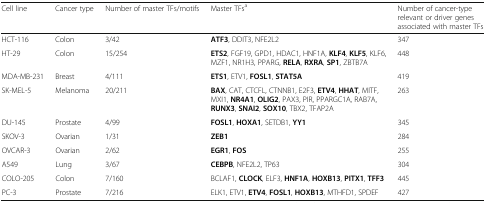
| Cell line | Cancer type | Number of master TFs/motifs | Master TFsa | Number of cancer-type relevant or driver genes associated with master TFs |
 | --- | --- | --- | --- | --- |
 | HCT-116 | Colon | 3/42 | ATF3, DDIT3, NFE2L2 | 347 |
 | HT-29 | Colon | 15/254 | ETS2, FGF19, GPD1, HDAC1, HNF1A, KLF4, KLF5, KLF6, MZF1, NR1H3, PPARG, RELA, RXRA, SP1, ZBTB7A | 448 |
 | MDA-MB-231 | Breast | 4/111 | ETS1, ETV1, FOSL1, STAT5A | 419 |
 | SK-MEL-5 | Melanoma | 20/211 | BAX, CAT, CTCFL, CTNNB1, E2F3, ETV4, HHAT, MITF, MXI1, NR4A1, OLIG2, PAX3, PIR, PPARGC1A, RAB7A, RUNX3, SNAI2, SOX10, TBX2, TFAP2A | 263 |
 | DU-145 | Prostate | 4/99 | FOSL1, HOXA1, SETDB1, YY1 | 345 |
 | SKOV-3 | Ovarian | 1/31 | ZEB1 | 284 |
 | OVCAR-3 | Ovarian | 2/62 | EGR1, FOS | 255 |
 | A549 | Lung | 3/67 | CEBPB, NFE2L2, TP63 | 304 |
 | COLO-205 | Colon | 7/160 | BCLAF1, CLOCK, ELF3, HNF1A, HOXB13, PITX1, TFF3 | 445 |
 | PC-3 | Prostate | 7/216 | ELK1, ETV1, ETV4, FOSL1, HOXB13, MTHFD1, SPDEF | 427 |